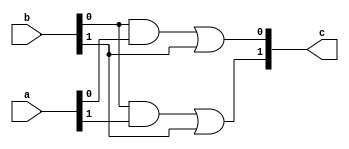
module star(
    input [1:0] a,
    input [1:0] b,
    output [1:0] c
);
    assign c[0] = (b[0] & a[0]) | b[1];
    assign c[1] = (b[0] & a[1]) | b[1];
endmodule

module fa(
    input a,
    input b,
    input cin,
    output s
);
    assign s = a ^ b ^ cin;
endmodule

module cla(
    input [7:0] a,
    input [7:0] b,
    output [7:0] s,
    output cout
);
    wire [17:0] s1, s2, s3, s4, s5;
    
    assign s1[1:0] = 2'b00;
    assign s1[3:2] = ({2{(a[0] ^ b[0])}} & 2'b01) | ({2{(a[0] & b[0])}} & 2'b11) | ({2{(~a[0] & ~b[0])}} & 2'b00);
    assign s1[5:4] = ({2{(a[1] ^ b[1])}} & 2'b01) | ({2{(a[1] & b[1])}} & 2'b11) | ({2{(~a[1] & ~b[1])}} & 2'b00);
    assign s1[7:6] = ({2{(a[2] ^ b[2])}} & 2'b01) | ({2{(a[2] & b[2])}} & 2'b11) | ({2{(~a[2] & ~b[2])}} & 2'b00);
    assign s1[9:8] = ({2{(a[3] ^ b[3])}} & 2'b01) | ({2{(a[3] & b[3])}} & 2'b11) | ({2{(~a[3] & ~b[3])}} & 2'b00);
    assign s1[11:10] = ({2{(a[4] ^ b[4])}} & 2'b01) | ({2{(a[4] & b[4])}} & 2'b11) | ({2{(~a[4] & ~b[4])}} & 2'b00);
    assign s1[13:12] = ({2{(a[5] ^ b[5])}} & 2'b01) | ({2{(a[5] & b[5])}} & 2'b11) | ({2{(~a[5] & ~b[5])}} & 2'b00);
    assign s1[15:14] = ({2{(a[6] ^ b[6])}} & 2'b01) | ({2{(a[6] & b[6])}} & 2'b11) | ({2{(~a[6] & ~b[6])}} & 2'b00);
    assign s1[17:16] = ({2{(a[7] ^ b[7])}} & 2'b01) | ({2{(a[7] & b[7])}} & 2'b11) | ({2{(~a[7] & ~b[7])}} & 2'b00);

    assign s2[1:0] = s1[1:0];
    star op1_1(s1[1:0], s1[3:2], s2[3:2]);
    star op2_1(s1[3:2], s1[5:4], s2[5:4]);
    star op3_1(s1[5:4], s1[7:6], s2[7:6]);
    star op4_1(s1[7:6], s1[9:8], s2[9:8]);
    star op5_1(s1[9:8], s1[11:10], s2[11:10]);
    star op6_1(s1[11:10], s1[13:12], s2[13:12]);
    star op7_1(s1[13:12], s1[15:14], s2[15:14]);
    star op8_1(s1[15:14], s1[17:16], s2[17:16]);

    assign s3[3:0] = s2[3:0];
    star op2_2(s2[1:0], s2[5:4], s3[5:4]);
    star op3_2(s2[3:2], s2[7:6], s3[7:6]);
    star op4_2(s2[5:4], s2[9:8], s3[9:8]);
    star op5_2(s2[7:6], s2[11:10], s3[11:10]);
    star op6_2(s2[9:8], s2[13:12], s3[13:12]);
    star op7_2(s2[11:10], s2[15:14], s3[15:14]);
    star op8_2(s2[13:12], s2[17:16], s3[17:16]);

    assign s4[7:0] = s3[7:0];
    star op4_3(s3[1:0], s3[9:8], s4[9:8]);
    star op5_3(s3[3:2], s3[11:10], s4[11:10]);
    star op6_3(s3[5:4], s3[13:12], s4[13:12]);
    star op7_3(s3[7:6], s3[15:14], s4[15:14]);
    star op8_3(s3[9:8], s3[17:16], s4[17:16]);

    assign s5[15:0] = s4[15:0];
    star op8_4(s3[1:0], s3[17:16], s4[17:16]);

    genvar p;
    generate
    for (p=0; p<8;p=p+1) begin:fa
        fa f(a[p], b[p], s5[2*p], s[p]);
    end
    endgenerate

    assign cout = s5[17];
    
endmodule